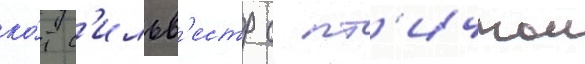
ко́т с'ильв'естр с пт'ичкои